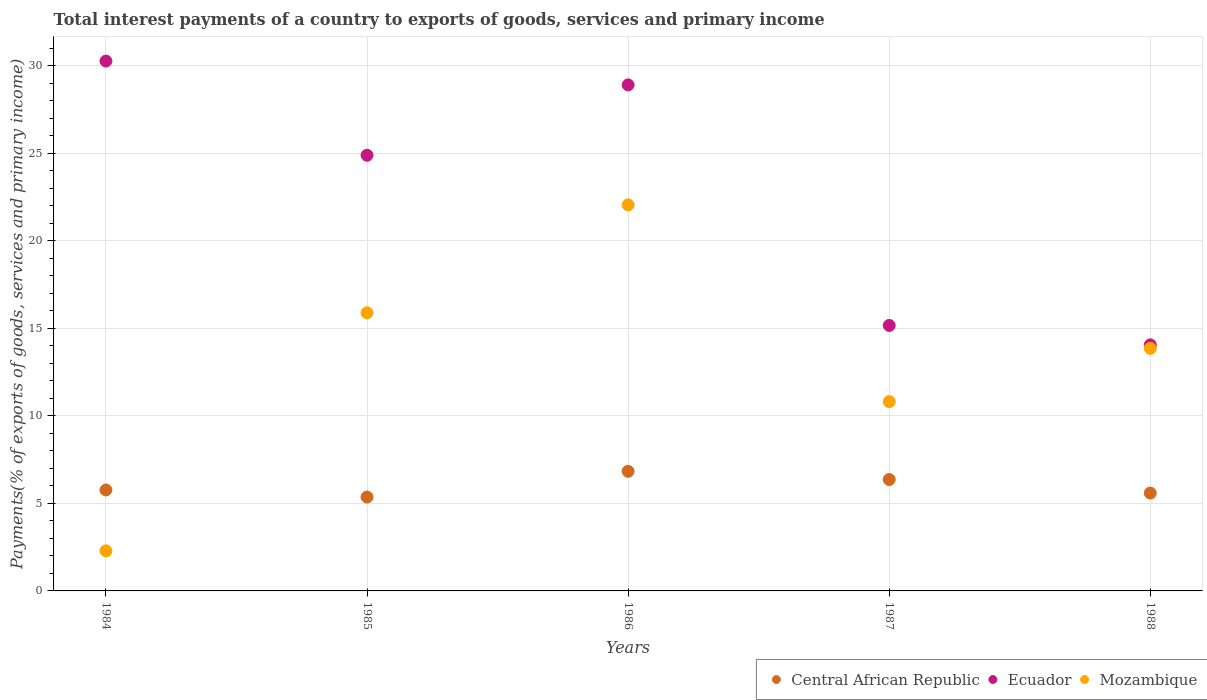
| Years | Central African Republic | Ecuador | Mozambique |
 | --- | --- | --- | --- |
 | 1984 | 5.77 | 30.3 | 2.29 |
 | 1985 | 5.36 | 24.9 | 15.9 |
 | 1986 | 6.83 | 28.9 | 22.1 |
 | 1987 | 6.36 | 15.2 | 10.8 |
 | 1988 | 5.59 | 14.1 | 13.9 |